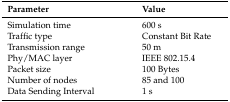
<table><thead><tr><td><b>Parameter</b></td><td><b>Value</b></td></tr></thead><tbody><tr><td>Simulation time</td><td>600 s</td></tr><tr><td>Traffic type</td><td>Constant Bit Rate</td></tr><tr><td>Transmission range</td><td>50 m</td></tr><tr><td>Phy/MAC layer</td><td>IEEE 802.15.4</td></tr><tr><td>Packet size</td><td>100 Bytes</td></tr><tr><td>Number of nodes</td><td>85 and 100</td></tr><tr><td>Data Sending Interval </td><td>1 s</td></tr></tbody></table>